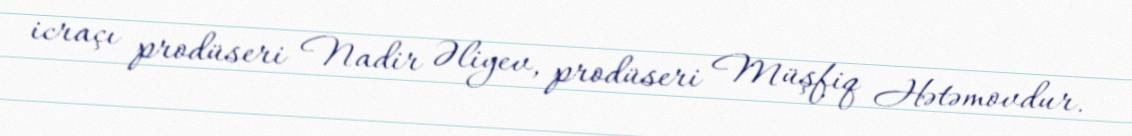
icraçı prodüseri Nadir Əliyev, prodüseri Müşfiq Hətəmovdur.